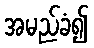
အမည်ခံ၍